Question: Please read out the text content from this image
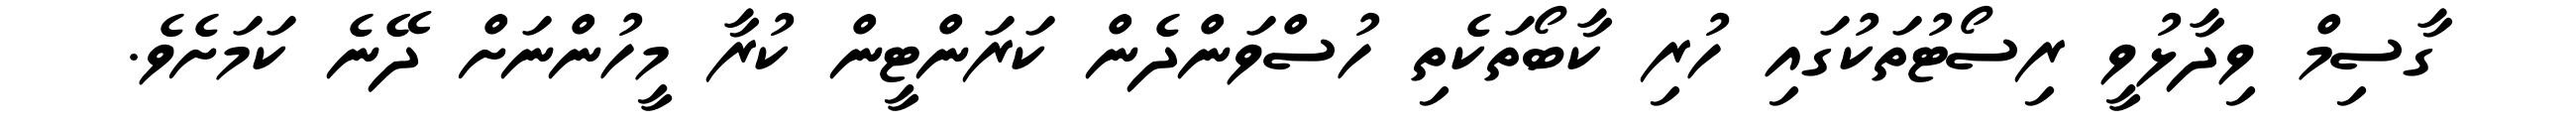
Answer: ގާސިމް ވިދާޅުވީ ރިސޯޓުތަކުގައި ހުރި ކާބޯތަކެތި ހުސްވަންދެން ކަރަންޓީން ކުރާ މީހުންނަށް ދޭނެ ކަމަށެވެ.